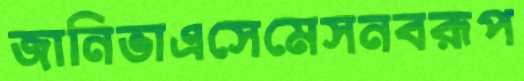
জানিভাএসেমেসনবরূপ